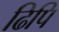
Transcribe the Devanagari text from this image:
ढिपि